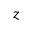
z